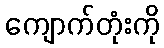
ကျောက်တုံးကို